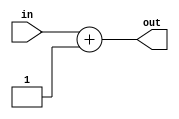
module simpleDUT (
  input wire in,
  output wire out
);

  reg [31:0] memory[15:0]; // a 16*32 memory
  assign out=in+1;
  
endmodule